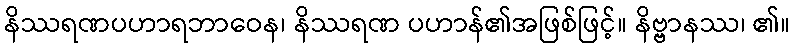
နိဿရဏပဟာရဘာဝေန၊ နိဿရဏ ပဟာန်၏အဖြစ်ဖြင့်။ နိဗ္ဗာနဿ၊ ၏။